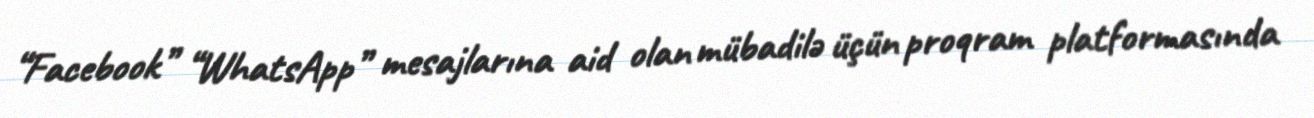
“Facebook” “WhatsApp” mesajlarına aid olan mübadilə üçün proqram platformasında